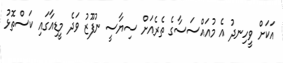
އަކަށް ވީހިނދު އެ މުއައްސަސާގެ ތެރެއަށް ސިޔާސީ ނުފޫޒު ވަދެ މީޑިއާގައި ކަސްތޮޅު